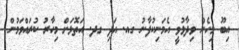
އިބޫ މިހެން ވިދާޅުވީ އެމަނިކުފާނު ގއ. އަދި ގދ. އަތޮޅަށް މިހާރު ކުރައްވަމުން